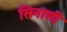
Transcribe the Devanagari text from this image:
सिनासी